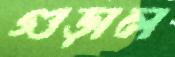
গুড়াল